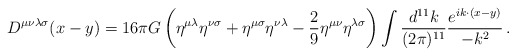
\begin{align*}D^{\mu\nu\lambda\sigma}(x-y) = 16 \pi G \left(\eta^{\mu\lambda}\eta^{\nu\sigma} + \eta^{\mu \sigma} \eta^{\nu \lambda} - {2 \over 9}\eta^{\mu \nu} \eta^{\lambda \sigma} \right) \int {d^{11} k \over (2 \pi)^{11}}{e^{i k \cdot (x-y)} \over - k^2}\,.\end{align*}